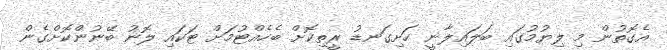
އެގޮތުން މި ލިޔުމުގައި ބަލައިލާނީ ހަށިގަނޑު ރީތިކޮށް ބެހެއްޓުމަށް ޓަކައި ލޮނު ބޭނުންކޮށްގެން